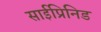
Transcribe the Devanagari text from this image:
साईप्रिनिड